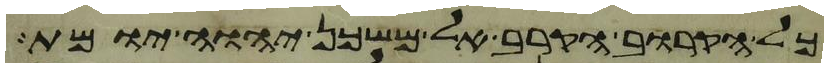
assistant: כל הקרוב הקרב אל משכן יהוה יומת